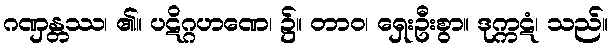
ဂဏှန္တဿ၊ ၏။ ပဋိဂ္ဂဟဏေ၊ ၌။ တာဝ၊ ရှေးဦးစွာ။ ဒုက္ကဋံ၊ သည်။